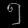
Digit: ၅